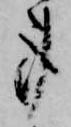
事